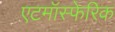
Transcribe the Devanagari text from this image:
एटमॉस्फेरिक